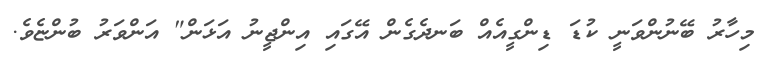
މިހާރު ބޭނުންވަނީ ކުޑަ ޑިންގީއެއް ބަނދެގެން އޭގައި އިންޖީނު އަޅަން" އަންވަރު ބުންޏެވެ.